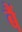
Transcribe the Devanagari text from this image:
बैं